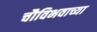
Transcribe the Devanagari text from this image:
चौविभवाच्या